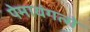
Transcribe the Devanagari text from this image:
पेमायंगत्से